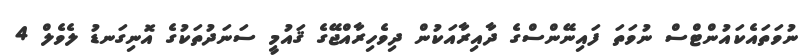
ނުވަތައެކައުންޓްސް ނުވަތަ ފައިނޭންސްގެ ދާއިރާއަކުން ދިވެހިރާއްޖޭގެ ޤައުމީ ސަނަދުތަކުގެ އޮނިގަނޑު ލެވެލް 4